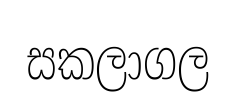
සකලාගල